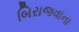
બિરાજવાના